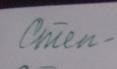
Signature authenticity: forged